Eesti_Vabariigi_Tartu_Ulikool, lk 297
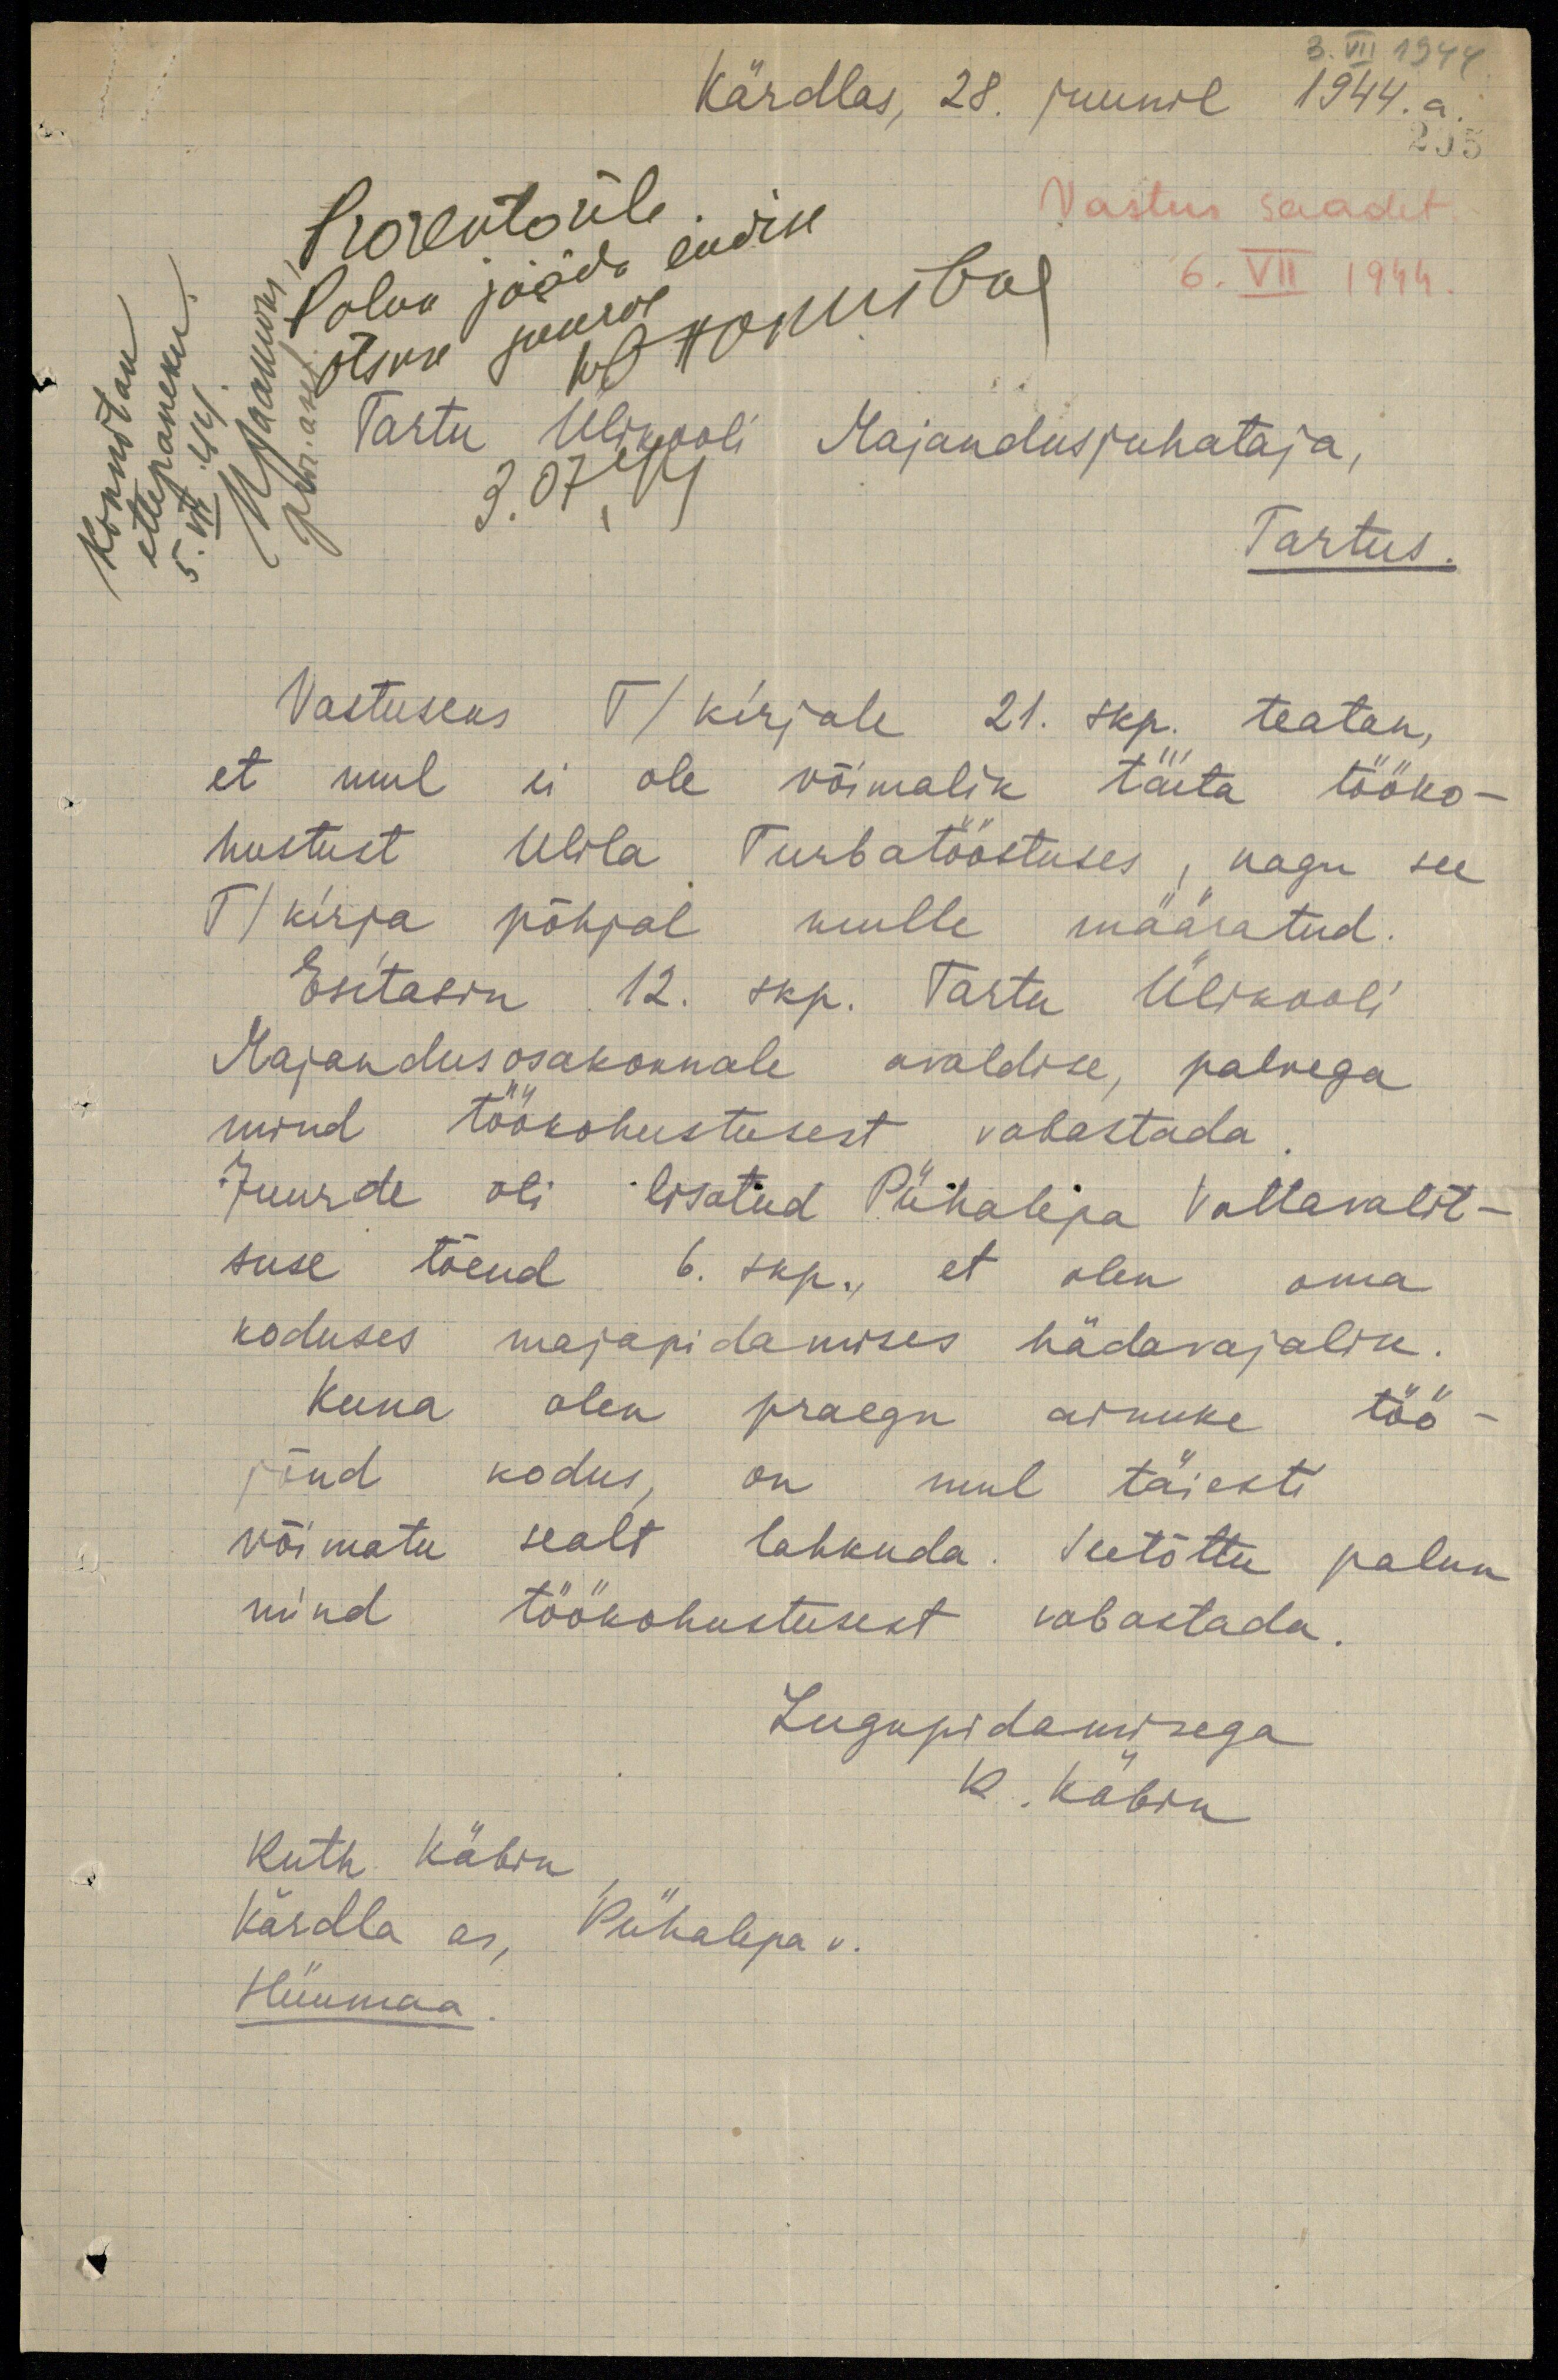
3. VII 1944
Kärdlas, 28. juunil 1944.a.
295
Prorektorile
Vastus saadet
Palve jääda endise
otsuse juurde nõumba
6.VII 1944
Kinnitan
ettepaneku
5. VII 44
pror. aset
Tartu Ülikooli Majandusjuhataja,
3.07.44
Tartus.
Vastuseks T/ kirjale 21. skp. teatan,
et mul ei ole võimalik täita tööko-
hustust Ulila Turbatööstuses, nagu see
T/ kirja põhjal mulle määratud.
Esitasin 12. skp. Tartu Ülikooli
Majandusosakonnale avaldise, palvega
mind töökohustusest vabastada
Juurde oli lisatud Pühalepa Vallavalit-
suse tõend 6. skp. et olen oma
koduses majapidamises hädavajalik.
Kuna olen praegu ainuke töö-
jõud kodus, on mul täiesti
võimatu sealt lahkuda. Seetõttu palun
mind töökohustusest vabastada
Lugupidamisega
R. Käbin
Ruth Käbin
Kardla as, Pühalepa v.
Hiiumaa